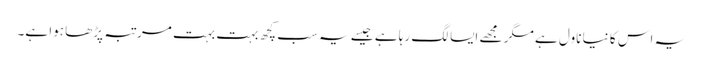
یہ اس کا نیا ناول ہے مگر مجھے ایسا لگ رہا ہے جیسے یہ سب کچھ بہت بہت مرتبہ پڑھا ہوا ہے۔